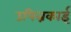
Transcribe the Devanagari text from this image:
उपिन्नकाई